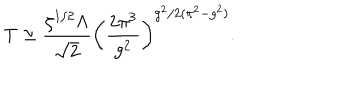
T \simeq \frac { \zeta ^ { 1 / 2 } \Lambda } { \sqrt { 2 } } \left( \frac { 2 \pi ^ { 3 } } { g ^ { 2 } } \right) ^ { g ^ { 2 } / 2 ( \pi ^ { 2 } - g ^ { 2 } ) } .